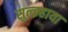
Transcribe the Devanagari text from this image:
सुल्झ्हाया